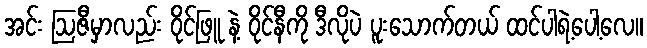
အင်း ဩဇီမှာလည်း ဝိုင်ဖြူ နဲ့ ဝိုင်နီကို ဒီလိုပဲ ပူးသောက်တယ် ထင်ပါရဲ့ပေါ့လေ။